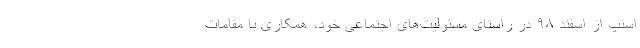
اسنپ از اسفند ۹۸ در راستای مسئولیت‌های اجتماعی خود، همکاری با مقامات